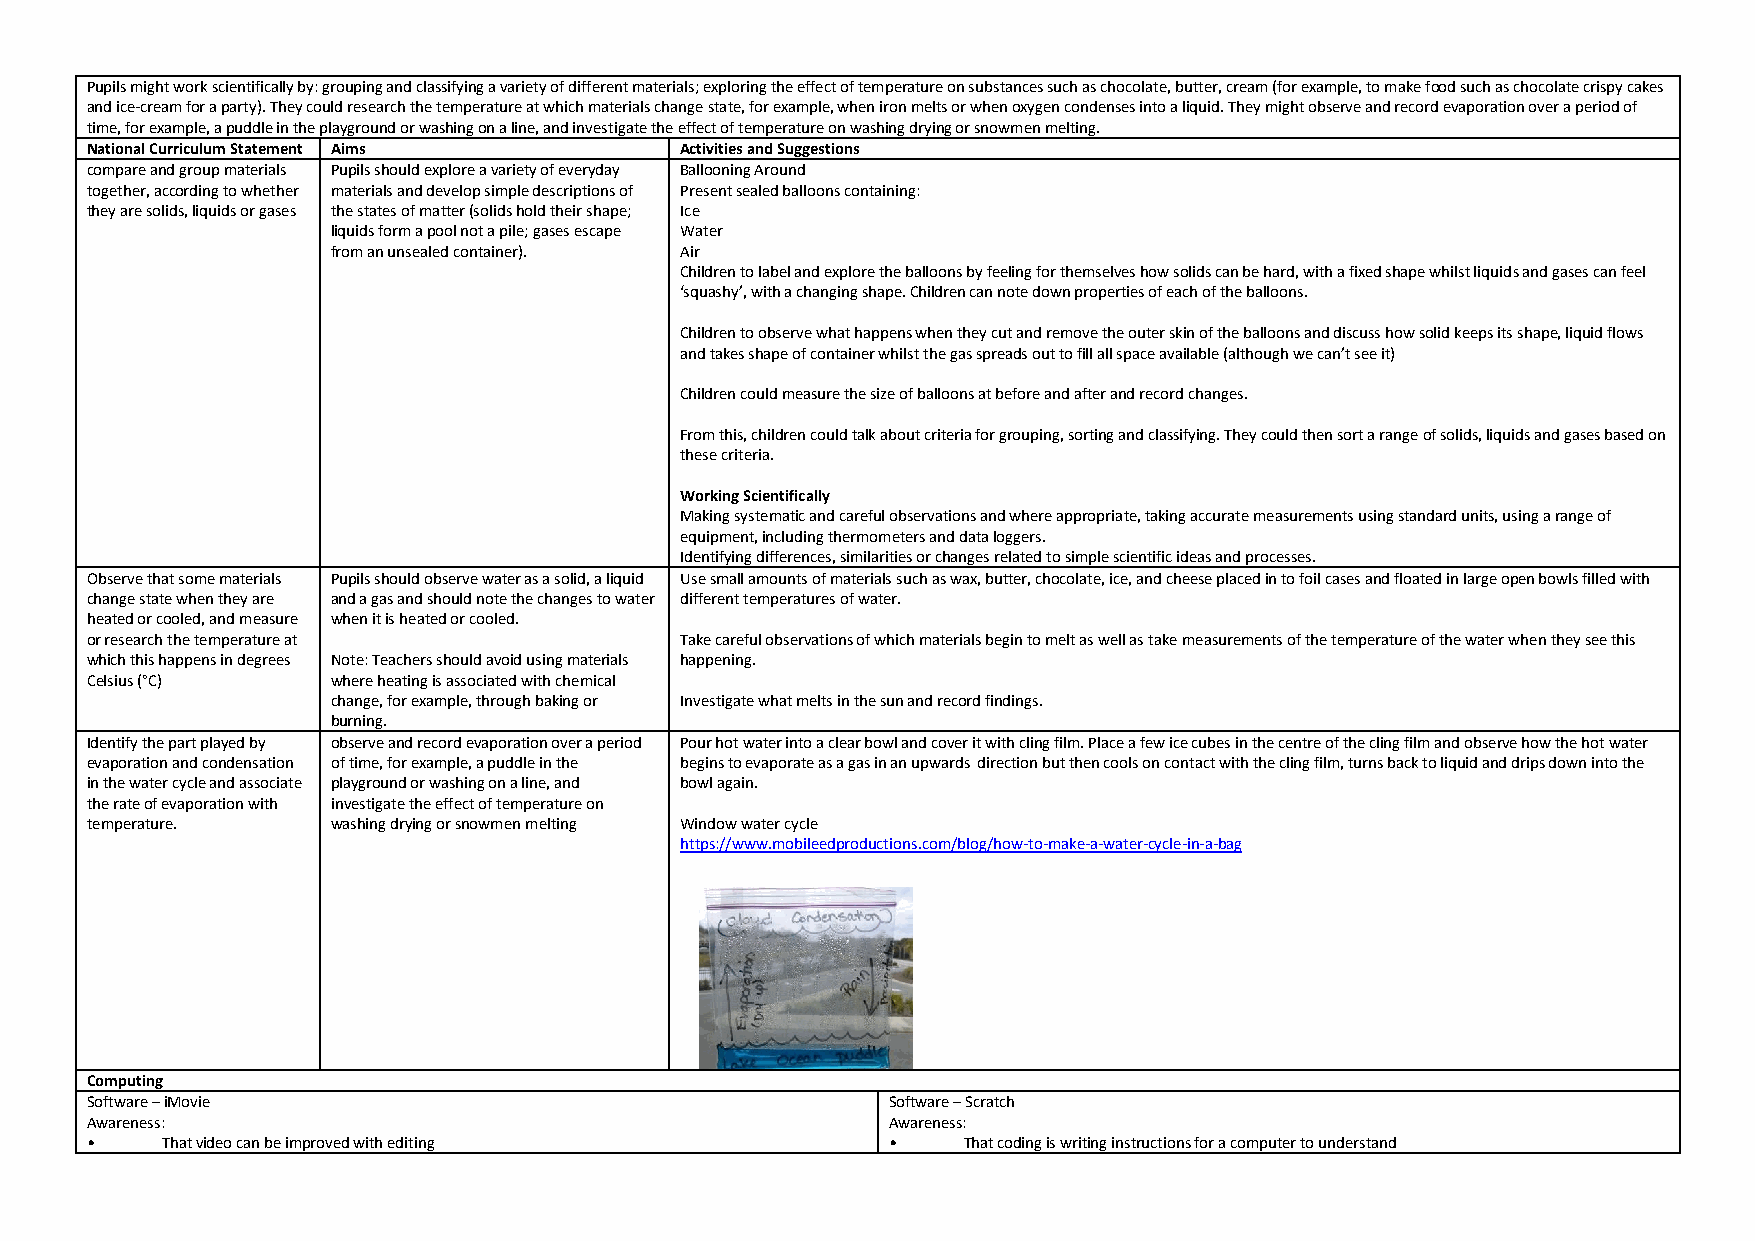
Pupils might work scientifically by: grouping and classifying a variety of different materials; exploring the effect of temperature on substances such as chocolate, butter, cream (for example, to make food such as chocolate crispy cakes
 and ice-cream for a party). They could research the temperature at which materials change state, for example, when iron melts or when oxygen condenses into a liquid. They might observe and record evaporation over a period of
 time, for example, a puddle in the playground or washing on a line, and investigate the effect of temperature on washing drying or snowmen melting.
 National Curriculum Statement Aims     Activities and Suggestions
 compare and group materials Pupils should explore a variety of everyday Ballooning Around
 together, according to whether materials and develop simple descriptions of Present sealed balloons containing:
 they are solids, liquids or gases the states of matter (solids hold their shape; Ice
 liquids form a pool not a pile; gases escape Water
 from an unsealed container). Air
 Children to label and explore the balloons by feeling for themselves how solids can be hard, with a fixed shape whilst liquids and gases can feel
 ‘squashy’, with a changing shape. Children can note down properties of each of the balloons.
 Children to observe what happens when they cut and remove the outer skin of the balloons and discuss how solid keeps its shape, liquid flows
 and takes shape of container whilst the gas spreads out to fill all space available (although we can’t see it)
 Children could measure the size of balloons at before and after and record changes.
 From this, children could talk about criteria for grouping, sorting and classifying. They could then sort a range of solids, liquids and gases based on
 these criteria.
 Working Scientifically
 Making systematic and careful observations and where appropriate, taking accurate measurements using standard units, using a range of
 equipment, including thermometers and data loggers.
 Identifying differences, similarities or changes related to simple scientific ideas and processes.
 Observe that some materials Pupils should observe water as a solid, a liquid Use small amounts of materials such as wax, butter, chocolate, ice, and cheese placed in to foil cases and floated in large open bowls filled with
 change state when they are and a gas and should note the changes to water different temperatures of water.
 heated or cooled, and measure when it is heated or cooled.
 or research the temperature at         Take careful observations of which materials begin to melt as well as take measurements of the temperature of the water when they see this
 which this happens in degrees Note: Teachers should avoid using materials happening.
 Celsius (°C)    where heating is associated with chemical
 change, for example, through baking or Investigate what melts in the sun and record findings.
 burning.
 Identify the part played by observe and record evaporation over a period Pour hot water into a clear bowl and cover it with cling film. Place a few ice cubes in the centre of the cling film and observe how the hot water
 evaporation and condensation of time, for example, a puddle in the begins to evaporate as a gas in an upwards direction but then cools on contact with the cling film, turns back to liquid and drips down into the
 in the water cycle and associate playground or washing on a line, and bowl again.
 the rate of evaporation with investigate the effect of temperature on
 temperature.    washing drying or snowmen melting Window water cycle
 https://www.mobileedproductions.com/blog/how-to-make-a-water-cycle-in-a-bag
 Computing
 Software – iMovie                                    Software – Scratch
 Awareness:                                           Awareness:
 •    That video can be improved with editing         •    That coding is writing instructions for a computer to understand